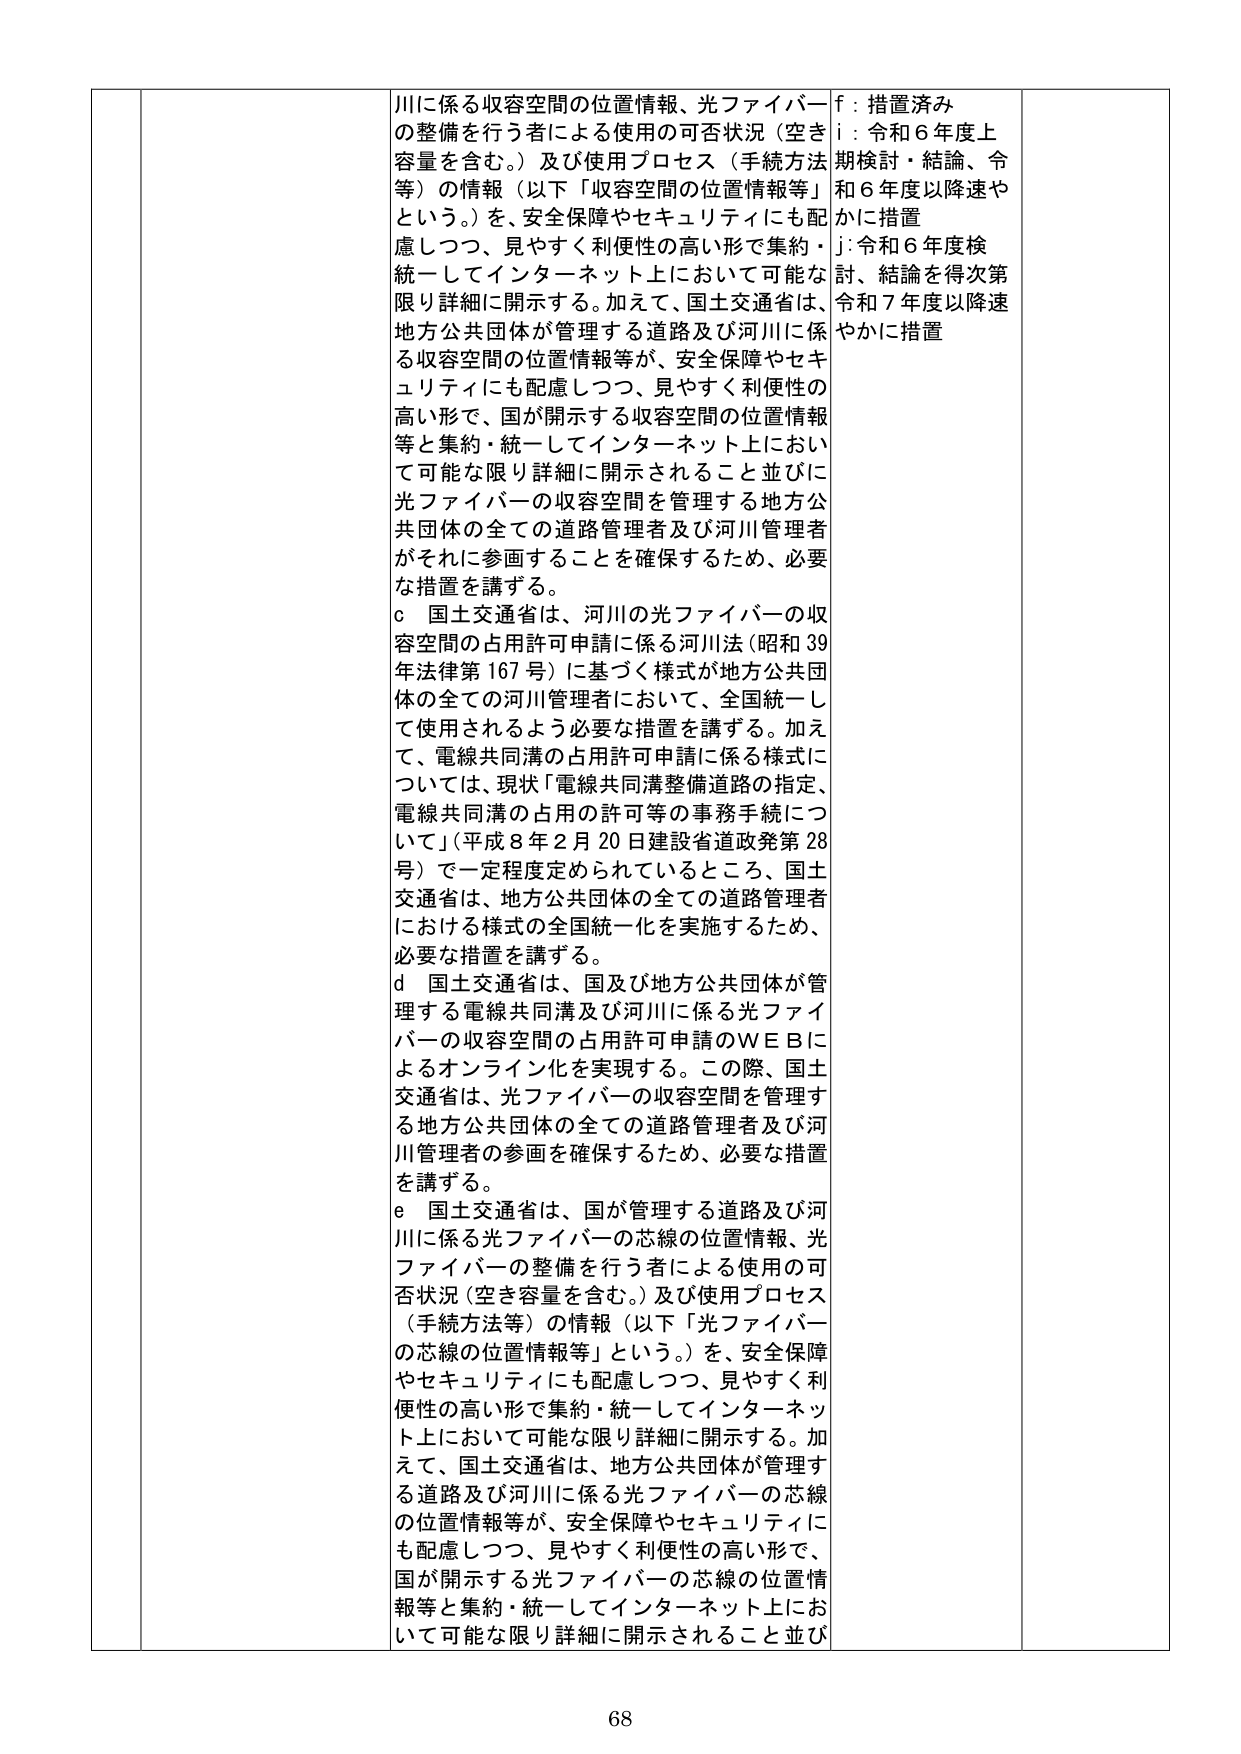
川に係る収容空間の位置情報、光ファイバーの整備を行う者による使用の可否状況（空き容量を含む。）及び使用プロセス（手続方法等）の情報（以下「収容空間の位置情報等」という。）を、安全保障やセキュリティにも配慮しつつ、見やすく利便性の高い形で集約・統一してインターネット上において可能な限り詳細に開示する。加えて、国土交通省は、地方公共団体が管理する道路及び河川に係る収容空間の位置情報等が、安全保障やセキュリティにも配慮しつつ、見やすく利便性の高い形で、国が開示する収容空間の位置情報等と集約・統一してインターネット上において可能な限り詳細に開示されること並びに光ファイバーの収容空間を管理する地方公共団体の全ての道路管理者及び河川管理者がそれに参画することを確保するため、必要な措置を講ずる。

c 国土交通省は、河川の光ファイバーの収容空間の占用許可申請に係る河川法（昭和39年法律第167号）に基づく様式が地方公共団体の全ての河川管理者において、全国統一して使用されるよう必要な措置を講ずる。加えて、電線共同溝の占用許可申請に係る様式については、現状「電線共同溝整備道路の指定、電線共同溝の占用の許可等の事務手続について」（平成8年2月20日建設省道政発第28号）で一定程度定められているところ、国土交通省は、地方公共団体の全ての道路管理者における様式の全国統一化を実施するため、必要な措置を講ずる。

d 国土交通省は、国及び地方公共団体が管理する電線共同溝及び河川に係る光ファイバーの収容空間の占用許可申請のＷＥＢによるオンライン化を実現する。この際、国土交通省は、光ファイバーの収容空間を管理する地方公共団体の全ての道路管理者及び河川管理者の参画を確保するため、必要な措置を講ずる。

e 国土交通省は、国が管理する道路及び河川に係る光ファイバーの芯線の位置情報、光ファイバーの整備を行う者による使用の可否状況（空き容量を含む。）及び使用プロセス（手続方法等）の情報（以下「光ファイバーの芯線の位置情報等」という。）を、安全保障やセキュリティにも配慮しつつ、見やすく利便性の高い形で集約・統一してインターネット上において可能な限り詳細に開示する。加えて、国土交通省は、地方公共団体が管理する道路及び河川に係る光ファイバーの芯線の位置情報等が、安全保障やセキュリティにも配慮しつつ、見やすく利便性の高い形で、国が開示する光ファイバーの芯線の位置情報等と集約・統一してインターネット上において可能な限り詳細に開示されること並び

f：措置済み
i：令和6年度上期検討・結論、令和6年度以降速やかに措置
j：令和6年度検討、結論を得次第令和7年度以降速やかに措置

68